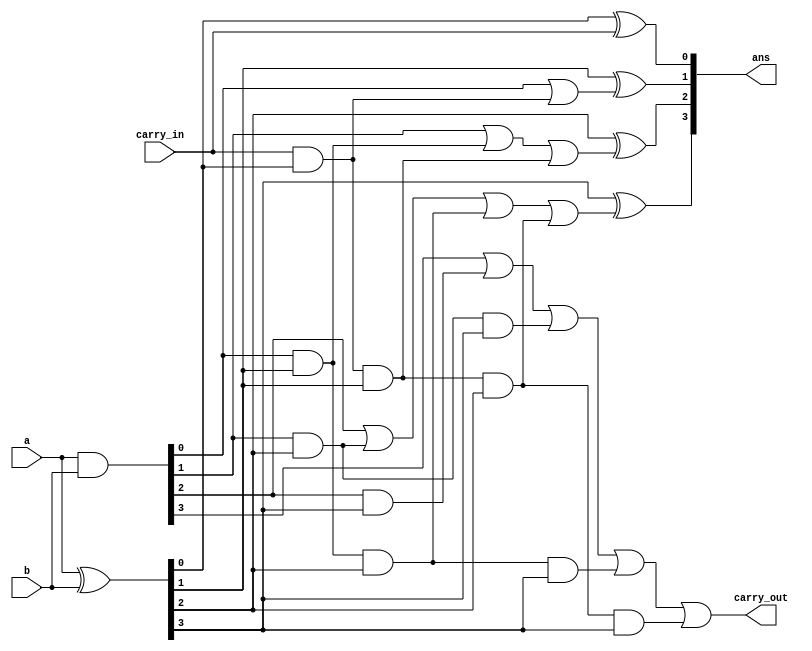
`timescale 1ns / 1ps
/////////////////////////////////////////////////////////////////////////////////
// Company: 
// Engineer: 
// 
// Design Name: 
// Module Name: bit4_adder
// Project Name: 
// Target Devices: 
// Tool Versions: 
// Description: 
// 
// Dependencies: 
// 
// Revision:
// Revision 0.01 - File Created
// Additional Comments:
// 
/////////////////////////////////////////////////////////////////////////////////
module bit4_adder(
    input [3:0] a,
    input [3:0] b,
    input carry_in,
    output [3:0] ans,
    output carry_out
    );
    wire [3:0] g , p;
    //
    assign g = a & b;
    assign p = a ^ b;
    assign ans[0] = p[0] ^ carry_in;
    assign ans[1] = p[1] ^ (g[0] | (carry_in & p[0]));
    assign ans[2] = p[2] ^ (g[1] | (g[0] & p[1]) | (carry_in & p[0] & p[1]));
    assign ans[3] = p[3] ^ (g[2] | (g[1] & p[2]) | (g[0] & p[1] & p[2]) | (carry_in & p[0] & p[1] & p[2]));
    assign carry_out = g[3] | (g[2] & p[3]) | (g[1] & p[2] & p[3]) | (g[0] & p[1] & p[2] & p[3]) | (carry_in & p[0] & p[1] & p[2] & p[3]);
endmodule

module bit4_adder_h(
    input [3:0] a,
    input [3:0] b,
    output [3:0] ans,
    output carry_out
    );
    wire [3:0] g , p , c;
    //
    assign g = a & b;
    assign p = a ^ b;
    assign ans[0] = p[0];
    assign ans[1] = p[1] ^ g[0];
    assign ans[2] = p[2] ^ (g[1] | (g[0] & p[1]));
    assign ans[3] = p[3] ^ (g[2] | (g[1] & p[2]) | (g[0] & p[1] & p[2]));
    assign carry_out = g[3] | (g[2] & p[3]) | (g[1] & p[2] & p[3]) | (g[0] & p[1] & p[2] & p[3]);
endmodule